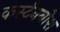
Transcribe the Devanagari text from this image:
कर्स्‍टनबोश